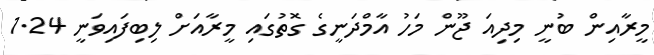
މީރާއިން ބުނީ މިދިއަ ޖޫން މަހު އާމްދަނީގެ ގޮތުގައި މީރާއަށް ލިބިފައިވަނީ 1.24